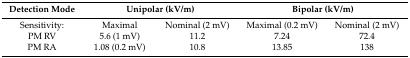
<table><thead><tr><td><b>Detection Mode</b></td><td colspan="2"><b>Unipolar (kV/m)</b></td><td colspan="2"><b>Bipolar (kV/m)</b></td></tr></thead><tbody><tr><td>Sensitivity:</td><td>Maximal</td><td>Nominal (2 mV)</td><td>Maximal (0.2 mV)</td><td>Nominal (2 mV)</td></tr><tr><td>PM RV</td><td>5.6 (1 mV)</td><td>11.2</td><td>7.24</td><td>72.4</td></tr><tr><td>PM RA</td><td>1.08 (0.2 mV)</td><td>10.8</td><td>13.85</td><td>138</td></tr></tbody></table>